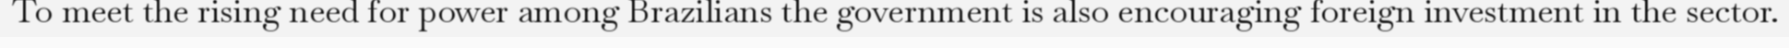
To meet the rising need for power among Brazilians the government is also encouraging foreign investment in the sector.